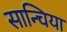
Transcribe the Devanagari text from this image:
सान्चिया